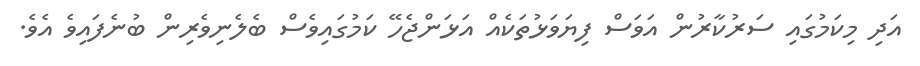
އަދި މިކަމުގައި ސަރުކާރުން އަވަސް ފިޔަވަޅުތަކެއް އަޅަންޖެހޭ ކަމުގައިވެސް ބެލެނިވެރިން ބުނެފައިވެ އެވެ.